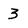
Character: 3